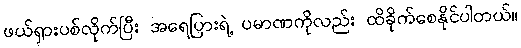
ဖယ်ရှားပစ်လိုက်ပြီး အရေပြားရဲ့ ပမာဏကိုလည်း ထိခိုက်စေနိုင်ပါတယ်။